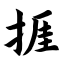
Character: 捱